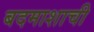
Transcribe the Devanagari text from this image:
बदमाशाची